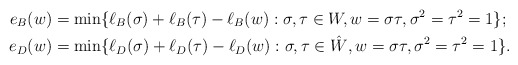
\begin{align*}e_B(w) &=\min\{\ell_B(\sigma) + \ell_B(\tau) - \ell_B(w): \sigma, \tau \in W, w = \sigma\tau, \sigma^2 = \tau^2 = 1\};\\e_D(w) &=\min\{\ell_D(\sigma) + \ell_D(\tau) - \ell_D(w): \sigma, \tau \in \hat W, w = \sigma\tau, \sigma^2 = \tau^2 = 1\}.\end{align*}